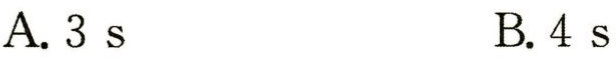
A. \(3\ s\)  B. \(4\ s\)